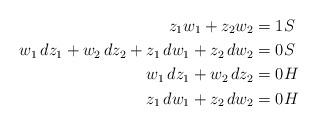
LaTeX: \begin{align*}z_1w_1+z_2w_2&= 1 S\\w_1\,dz_1+w_2\,dz_2+z_1\,dw_1+z_2\,dw_2 &= 0S\\w_1\,dz_1+w_2\,dz_2 &= 0 H\\z_1\,dw_1+z_2\,dw_2 &= 0 H\end{align*}